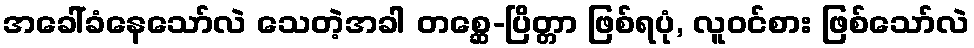
အခေါ်ခံနေသော်လဲ သေတဲ့အခါ တစ္ဆေ-ပြိတ္တာ ဖြစ်ရပုံ, လူဝင်စား ဖြစ်သော်လဲ